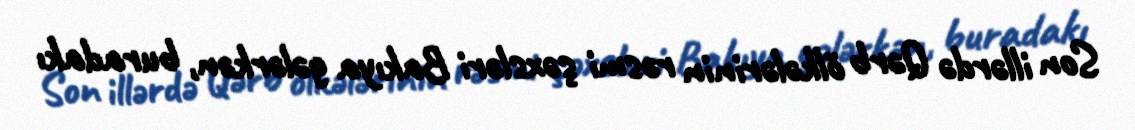
Son illərdə Qərb ölkələrinin rəsmi şəxsləri Bakıya gələrkən, buradakı